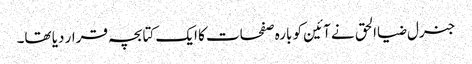
جنرل ضیاالحق نے آئین کو بارہ صفحات کا ایک کتابچہ قرار دیا تھا۔